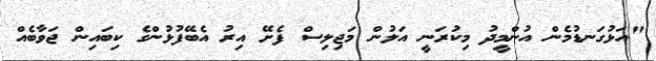
"އަޅުގަނޑުމެން އުންމީދު މިކުރަނީ އަލުން މަޖިލިސް ފެށޭ އިރު އެބޭފުޅުންގެ ކިބައިން ޖަވާބެއް